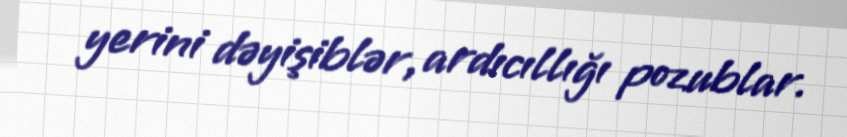
yerini dəyişiblər, ardıcıllığı pozublar.